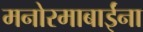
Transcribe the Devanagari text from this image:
मनोरमाबाईंना